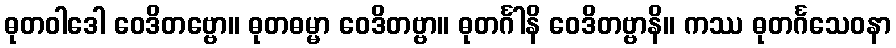
ဓုတဝါဒေါ ဝေဒိတဗ္ဗော။ ဓုတဓမ္မာ ဝေဒိတဗ္ဗာ။ ဓုတင်္ဂါနိ ဝေဒိတဗ္ဗာနိ။ ကဿ ဓုတင်္ဂသေဝနာ